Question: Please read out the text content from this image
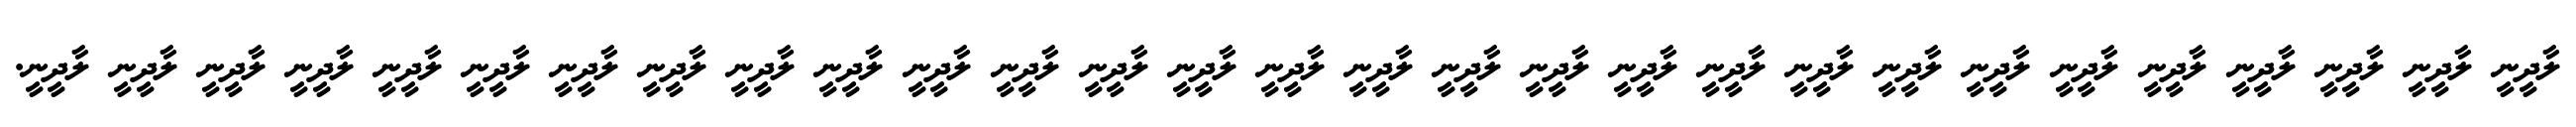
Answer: ލާދީނީ ލާދީނީ ލާދީނީ ލާދީނީ ލާދީނީ ލާދީނީ ލާދީނީ ލާދީނީ ލާދީނީ ލާދީނީ ލާދީނީ ލާދީނީ ލާދީނީ ލާދީނީ ލާދީނީ ލާދީނީ ލާދީނީ ލާދީނީ ލާދީނީ ލާދީނީ ލާދީނީ ލާދީނީ ލާދީނީ ލާދީނީ ލާދީނީ ލާދީނީ ލާދީނީ ލާދީނީ ލާދީނީ.